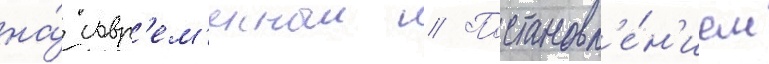
на́ совр'ем'енныи // Постановл'е́н'ием